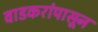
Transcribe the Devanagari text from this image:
वाडकरांपासून